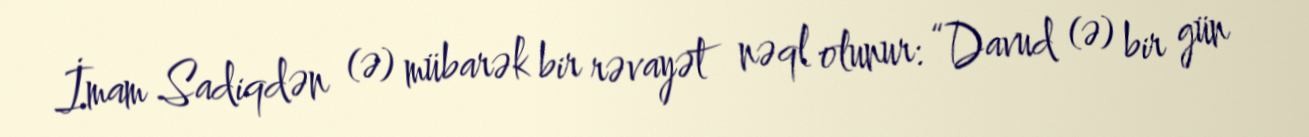
İmam Sadiqdən (ə) mübarək bir rəvayət nəql olunur: “Davud (ə) bir gün